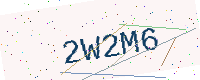
Text: 2W2M6